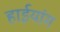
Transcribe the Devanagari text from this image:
हाईयांग